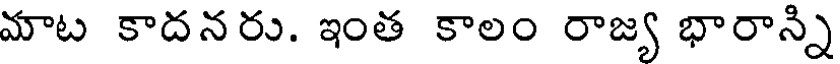
మాట కాదనరు. ఇంత కాలం రాజ్య భారాన్ని